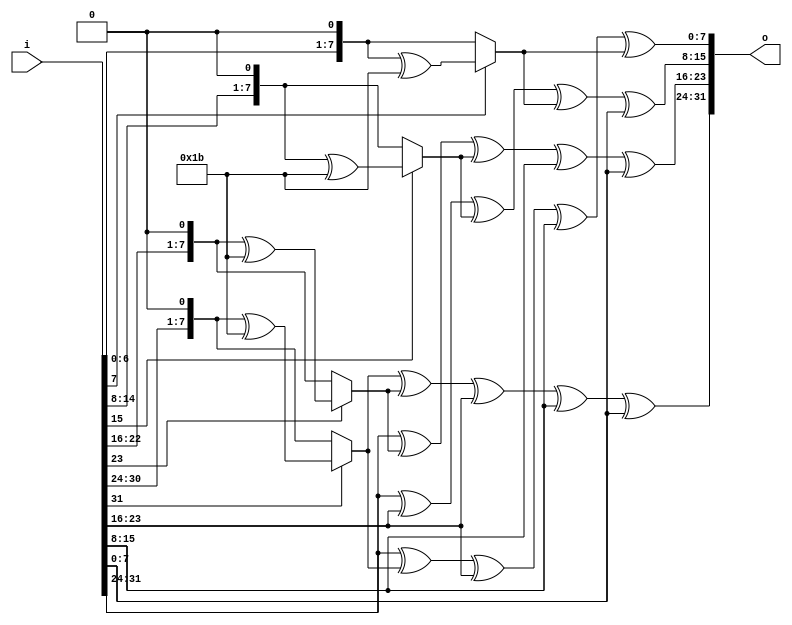
module col_oper(input[0:31] i, output reg[0:31] o);

reg [0:7] c0, c1, c2, c3;
reg [0:7] a0, a1, a2, a3;




always @ (*)
    begin
        a0[0:7] = i[0:7];
        a1[0:7] = i[8:15];
        a2[0:7] = i[16:23];
        a3[0:7] = i[24:31];
        
    if(a0[0] == 1)
       c0  = (a0 << 1) ^ 8'h1b;
    else
       c0 = (a0[0:7] << 1);

    if(a1[0] == 1)
        c1  = (a1[0:7] << 1) ^ 8'h1b;
    else
        c1 = (a1[0:7] << 1);

    if(a2[0] == 1)
        c2  = (a2[0:7] << 1) ^ 8'h1b;
    else
        c2 = (a2[0:7] << 1);

    if(a3[0] == 1)
        c3  = (a3[0:7] << 1) ^ 8'h1b;
    else
        c3 = (a3[0:7] << 1);

    end

always @ (*)

    begin
        
    o[0:7] = c0 ^ c1 ^ a1 ^ a2 ^ a3;
    o[8:15] = a0 ^ c1 ^ c2 ^ a2 ^ a3;
    o[16:23] = a0 ^ a1 ^ c2 ^ c3 ^ a3;
    o[24:31] = a0 ^ c0 ^ a1 ^ a2 ^ c3;

    end

endmodule